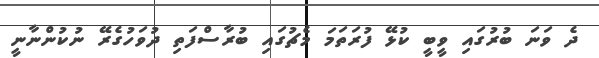
ދެ ވަނަ ބުރުގައި ވީބީ ކުޅޭ ފުރަތަމަ މެޗުގައި ބުރާސްފަތި ދުވަހުގެރޭ ނުކުންނާނީ